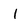
Character: 1